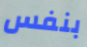
بنفس